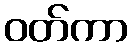
ဝတ်ကာ